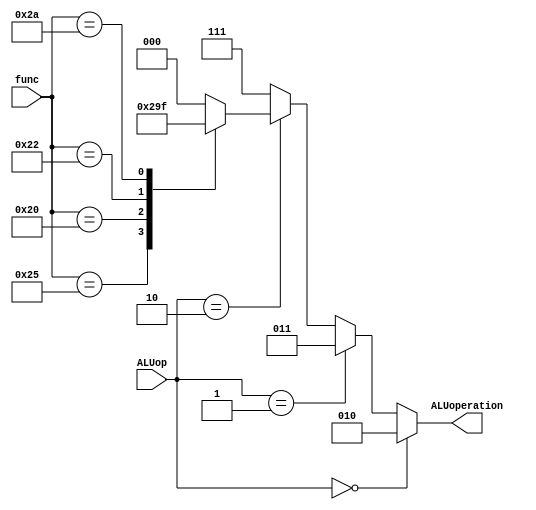
module AluController(ALUoperation, ALUop, func);
    output reg [2:0] ALUoperation;
    input [1:0] ALUop;
    input [5:0] func;
    parameter[5:0] And = 6'b100100, Or = 6'b100101, Add =  6'b100000, Sub = 6'b100010,  Slt = 6'b101010;
    always@(ALUop, func) begin
        ALUoperation = 3'b010;
        if(ALUop == 2'd0) // lw or sw
            ALUoperation = 3'b010; 
        else if(ALUop == 2'd1) // beq
            ALUoperation = 3'b011;
        else if(ALUop == 2'd2) begin
            case(func)
                And: ALUoperation = 3'b000;
                Or: ALUoperation = 3'b001;
                Add: ALUoperation = 3'b010;
                Sub: ALUoperation = 3'b011; 
                Slt: ALUoperation = 3'b111;  // slt & slti
                default:   ALUoperation = 3'b000;
            endcase
        end
        else
            ALUoperation = 3'b111;
    end

endmodule

module Controller(RegDst, DataToWrite, ALUoperation, MemToReg, ALUSrc, RegWrite, Jr, J, MemWrite, MemRead,
    PCSrc, opc, func, zero);
    output reg [1:0] RegDst, DataToWrite;
    output [2:0] ALUoperation;
    output reg MemToReg, ALUSrc, RegWrite, Jr, J, MemWrite, MemRead;
    output PCSrc;
    input [5:0] opc, func;
    input zero;
    reg [1:0] ALUop;
    reg branch;

    AluController ALUCtrl(ALUoperation, ALUop, func);

    parameter [5:0] RType = 6'b000000, Lw = 6'b100011, Sw = 6'b101011, Beq = 6'b000100, Addi = 6'b001000,
        Jump =6'b000010, Jal = 6'b000011, JumpR = 6'b000110, Slti = 6'b001010;

        always @(opc)begin
        {RegDst, ALUSrc, MemToReg, RegWrite, MemRead, MemWrite, branch, ALUop, J, Jr, DataToWrite} = 14'd0;
        case (opc)
            RType : begin
                RegDst = 2'b01;
                RegWrite = 1'b1;
                ALUop = 2'b10;
            end

            Addi: begin
                RegWrite = 1'b1;
                ALUSrc = 1'b1;
            end

            Sw : begin
                ALUSrc = 1'b1;
                MemWrite = 1'b1;
            end
            
            Lw : begin
                ALUSrc = 1'b1;
                MemToReg = 1'b1;
                RegWrite = 1'b1;
                MemRead = 1'b1;
            end
            
            Jump: begin
                J = 1'b1;
            end
            
            JumpR: begin
                Jr = 1'b1;
                J = 1'b1;
            end
            
            Jal: begin
                RegDst = 2'b10;
                DataToWrite = 2'b01;
                J = 1'b1;
            end
            
            Beq : begin
                branch = 1'b1;
                ALUop = 2'b01;
            end
            
            Slti: begin
                RegWrite = 1'b1;
                ALUSrc = 1'b1;
                ALUop = 2'b11;
                DataToWrite = 2'b10;
            end
        endcase
    end
     assign PCSrc = branch & zero;

endmodule